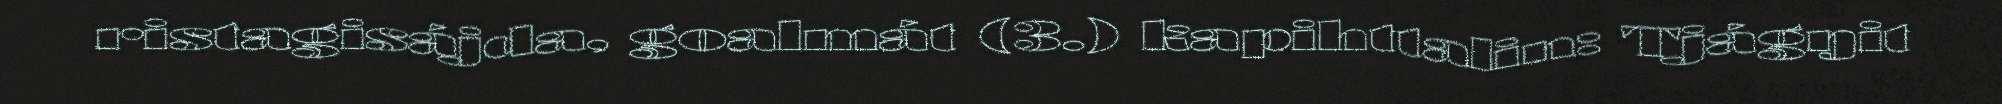
ristagisájda, goalmát (3.) kapihttalin: Tjágŋit